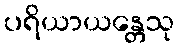
ပရိယာယန္တေသု